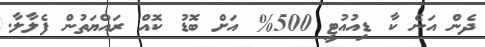
ދެން އަނެ ކާ ޑިއުއުޓީ 500% އަށް ބޮޑު ކޮއް ރައްޔަތުން ފެލާލާ.